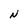
Character: N